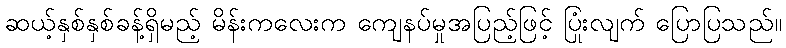
ဆယ့်နှစ်နှစ်ခန့်ရှိမည့် မိန်းကလေးက ကျေနပ်မှုအပြည့်ဖြင့် ပြုံးလျက် ပြောပြသည်။